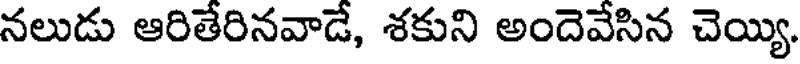
నలుడు ఆరితేరినవాడే, శకుని అందెవేసిన చెయ్యి.